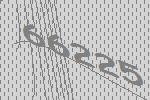
66225